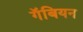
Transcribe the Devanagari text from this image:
गॅबियन